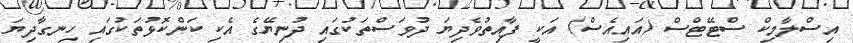
އިސްލާމިކް ސްޓޭޓްސް (އައިއެސް) އަކީ ފާއިތުވެދިޔަ ދުވަސްތަކުގައި ދުނިޔޭގެ އެކި ކަންކޮޅުތަކުގައި ހިނގާދިޔަ